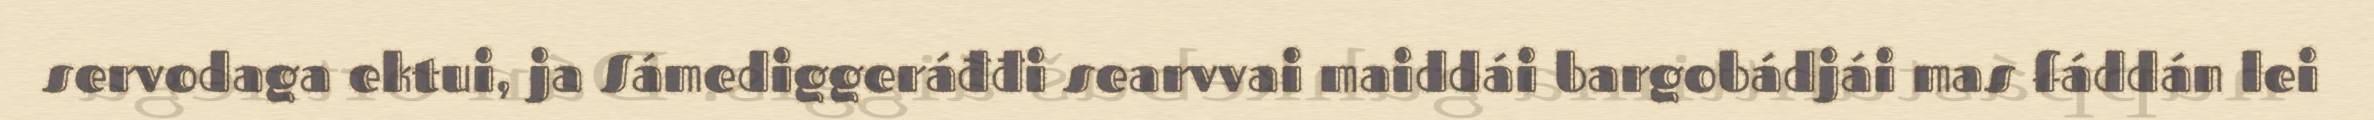
servodaga ektui, ja Sámediggeráđđi searvvai maiddái bargobádjái mas fáddán lei